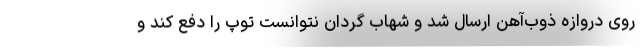
روی دروازه ذوب‌آهن ارسال شد و شهاب گردان نتوانست توپ را دفع کند و